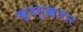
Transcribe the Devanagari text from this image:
ख़ुदमुख़तार